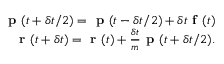
\begin{array} { r } { \textbf { p } ( t + \delta t / 2 ) = \textbf { p } ( t - \delta t / 2 ) + \delta t \textbf { f } ( t ) } \\ { \textbf { r } ( t + \delta t ) = \textbf { r } ( t ) + \frac { \delta t } { m } \textbf { p } ( t + \delta t / 2 ) . } \end{array}